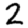
Digit: 2